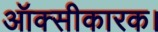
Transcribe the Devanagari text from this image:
ऑक्सीकारक।